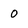
Character: 0